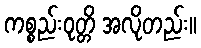
ကစ္စည်းဝုတ္တိ အလိုတည်း။